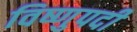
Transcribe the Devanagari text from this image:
विष्णुपदी